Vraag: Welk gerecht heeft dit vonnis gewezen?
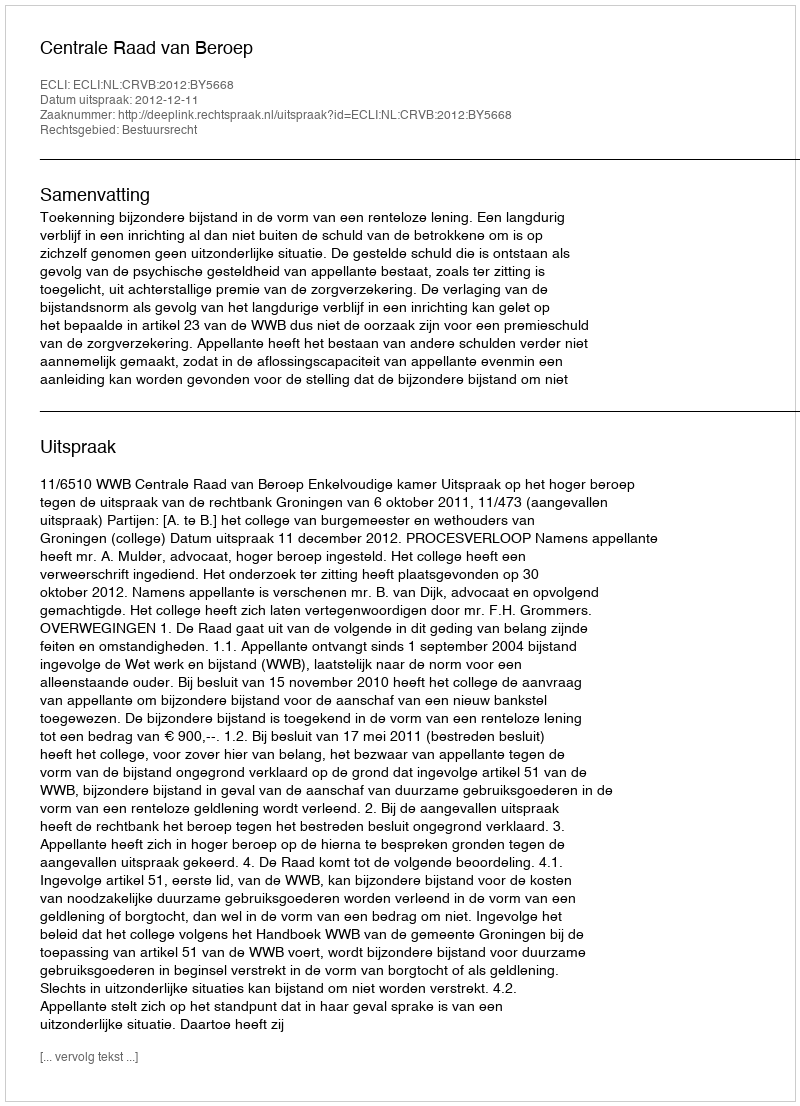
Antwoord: Centrale Raad van Beroep